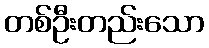
တစ်ဦးတည်းသော